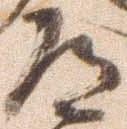
道